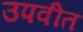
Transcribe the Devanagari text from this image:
उपवीत